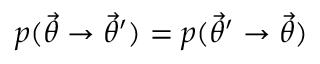
p ( \ensuremath { \vec { \theta } } \rightarrow \ensuremath { \vec { \theta } } ^ { \prime } ) = p ( \ensuremath { \vec { \theta } } ^ { \prime } \rightarrow \ensuremath { \vec { \theta } } )